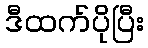
ဒီထက်ပိုပြီး